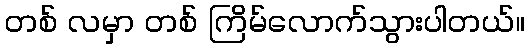
တစ် လမှာ တစ် ကြိမ်လောက်သွားပါတယ်။